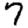
Digit: 7